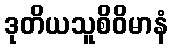
ဒုတိယသူစိဝိမာနံ